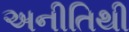
અનીતિથી